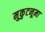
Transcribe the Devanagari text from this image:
मुकुटनूमा